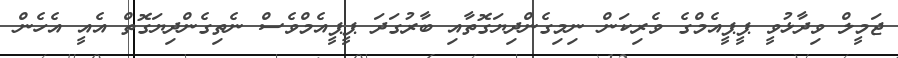
ޖަމީލް ވިދާޅުވީ ޕީޕީއެމްގެ ވެރިިކަން ނިމިގެންދިޔަގޮތާއި ބާރުގަދަ ޕީޕީއެމްވެސް ނެތިގެންދިޔަގޮތް އެއީ އެހެން